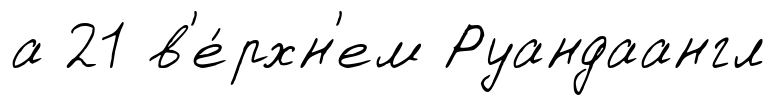
а 21 в'е́рхн'ем Руандаангл